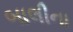
બાલીના